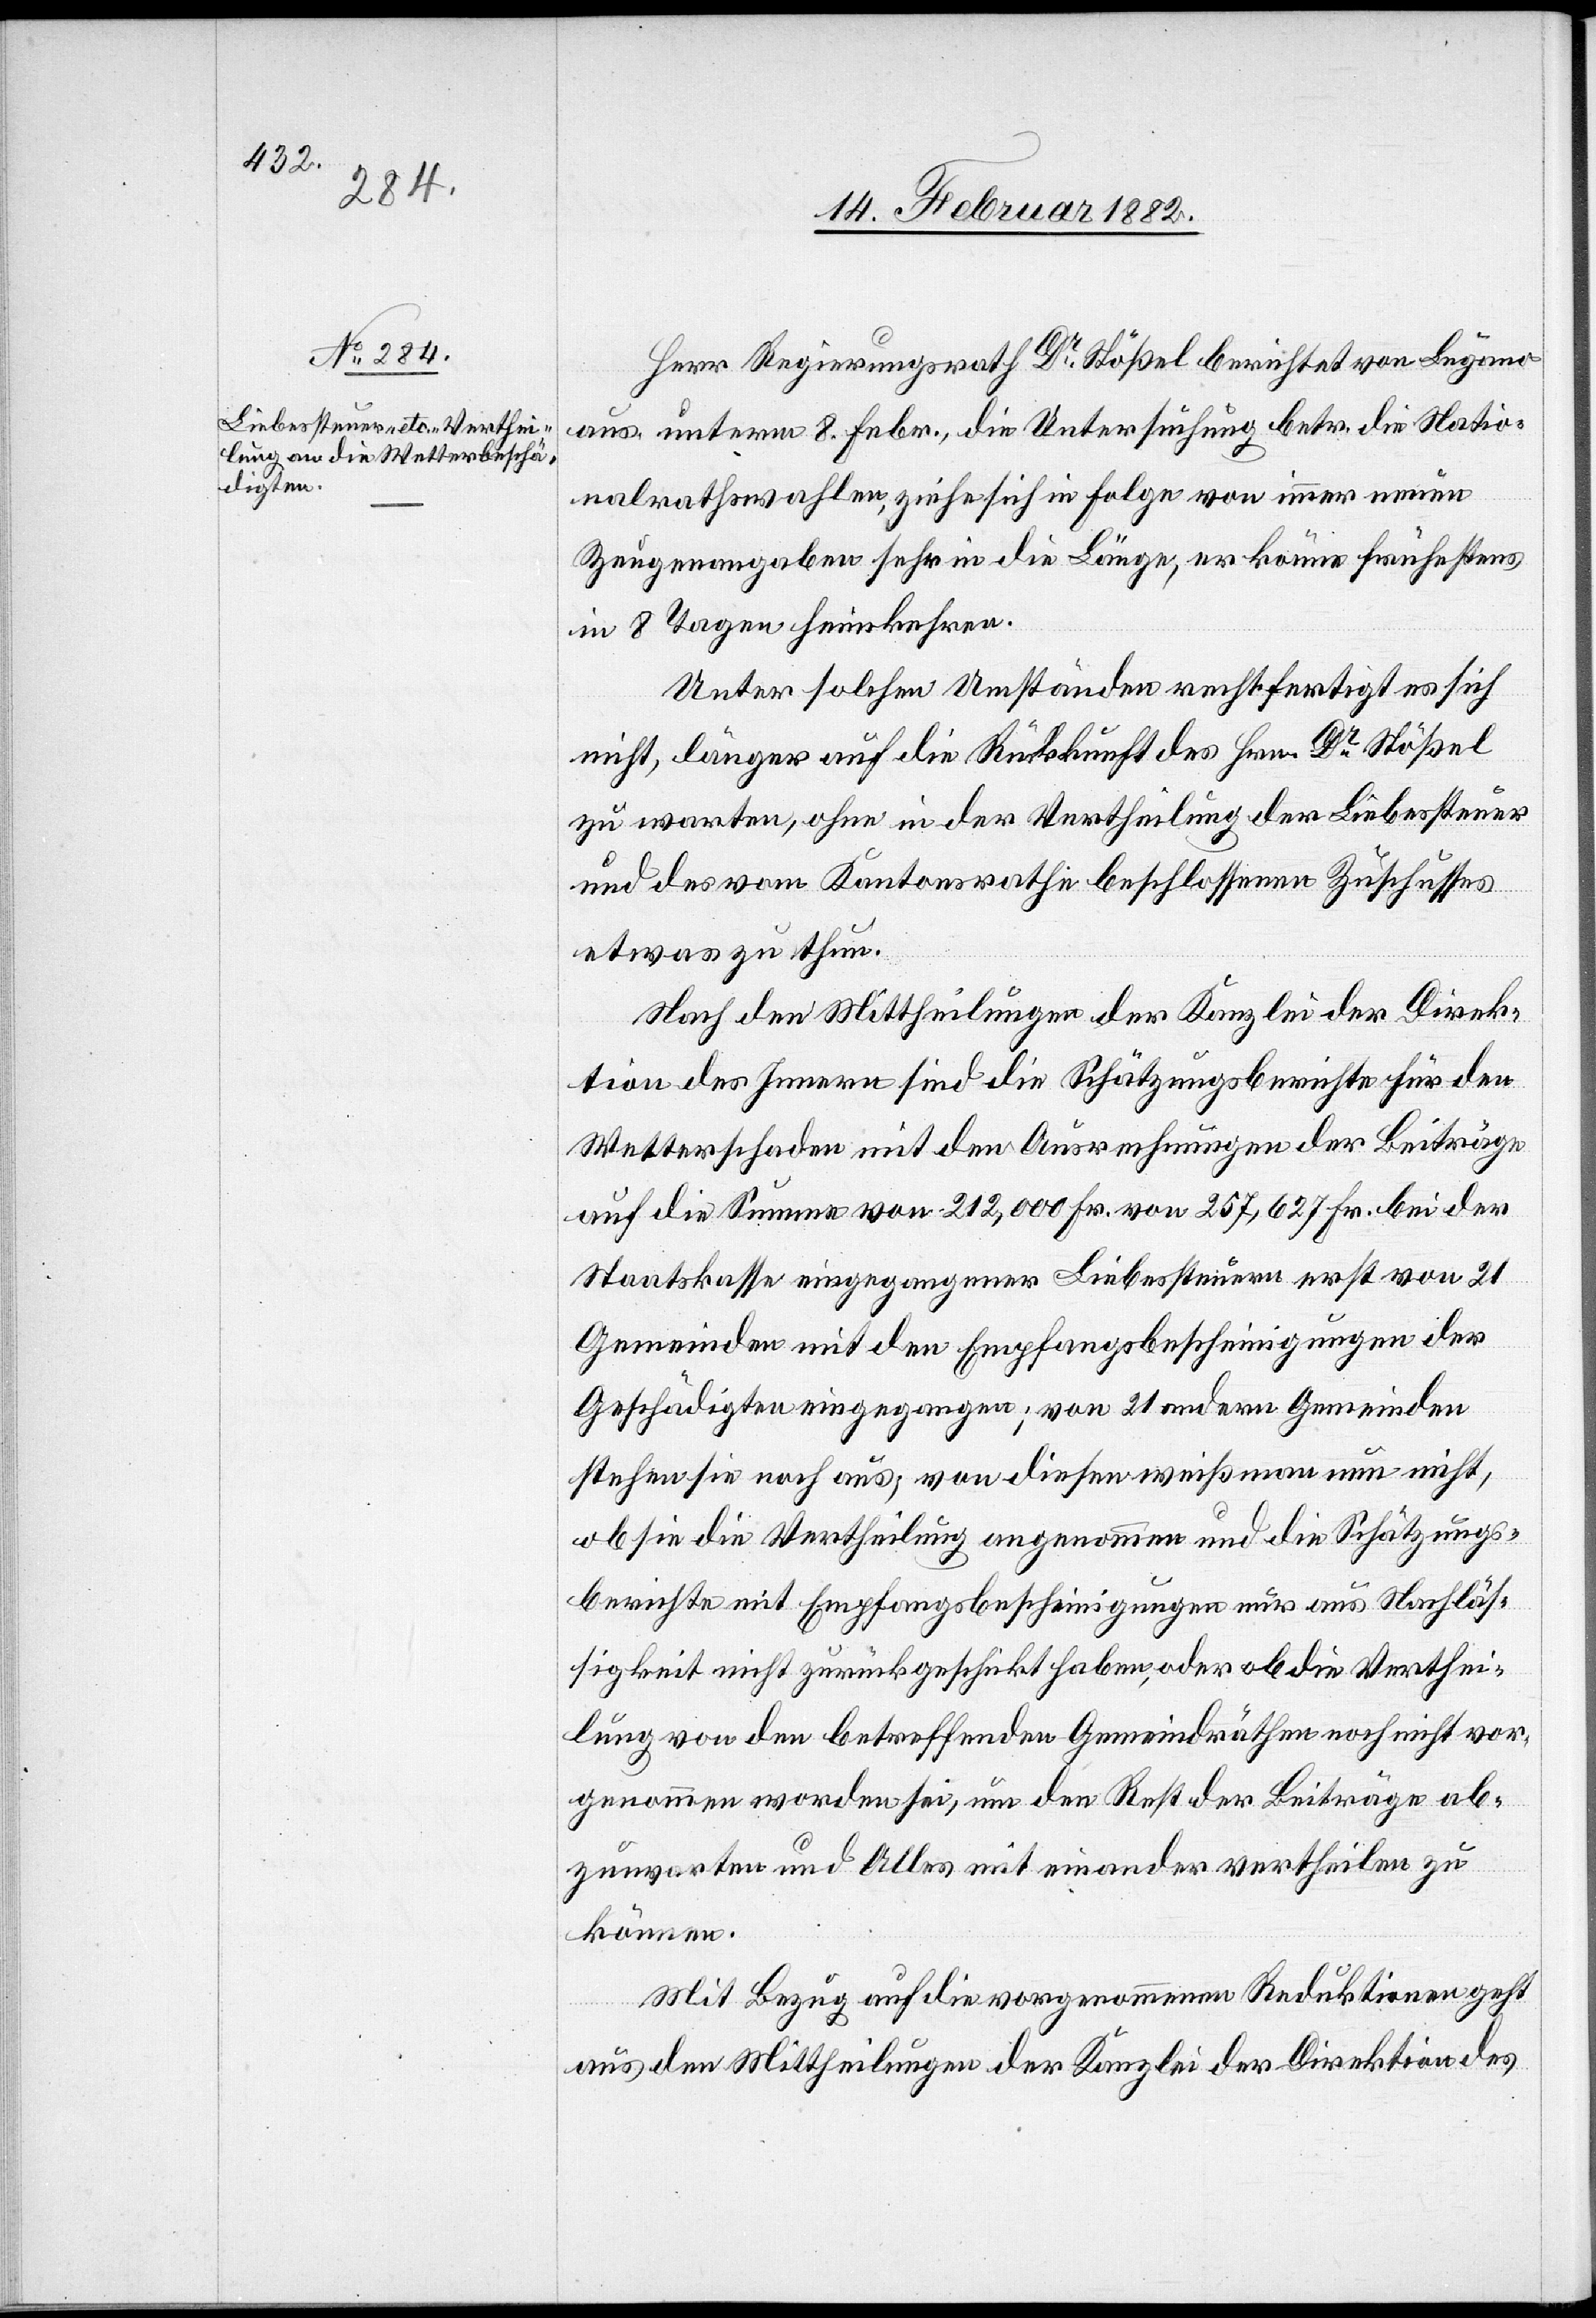
Herr Regierungsrath Dr Stößel berichtet von Lugano
aus, unterm 8. Febr., die Untersuchung betr. die Natio¬
nalrathswahlen, ziehen sich in Folge von immer neuen
Zeugenangaben sehr in die Länge, er könne frühestens
in 8 Tagen heimkehren.
Unter solchen Umständen rechtfertigt es sich
nicht, länger auf die Rückkunft des Hrn. Dr Stößel
zu warten, ohne in der Vertheilung der Liebessteuer
und des vom Kantonsraths beschlossenen Zuschusses
etwas zu thun.
Nach den Mittheilungen der Kanzlei der Direk¬
tion des Innern sind die Schätzungsberichte für den
Wetterschaden mit den Ausrechnungen der Beiträge
auf die Summe von 212,000 Fr. von 257,627 Fr. bei der
Staatskasse eingegangener Liebessteuern erst von 21
Gemeinden mit den Empfangsbescheinigungen der
Geschädigten eingegangen; von 21 andern Gemeinden
stehen sie noch aus; von diesen weiß man nun nicht,
ob sie die Vertheilung angenommen und die Schätzungs¬
berichte mit Empfangsbescheinigungen nur aus Nachläs¬
sigkeit nicht zurück geschickt haben, oder ob die Verthei¬
lung von den betreffenden Gemeindräthen noch nicht ver¬
nommen worden sei, um den Rest der Beiträge ab¬
zuwarten und Alles mit einander vertheilen zu
können.
Mit Bezug auf die vorgenommenen Reduktionen geht
aus den Mittheilungen der Kanzlei der Direktion des